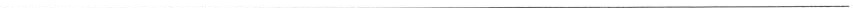
___